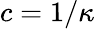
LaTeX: c=1/\kappa